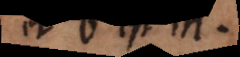
et b est c.